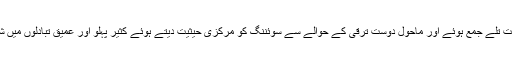
وہ ایک چھت تلے جمع ہوئے اور ماحول دوست ترقی کے حوالے سے سوئننگ کو مرکزی حیثیت دیتے ہوئے کثیر پہلو اور عمیق تبادلوں میں شامل ہوئے۔